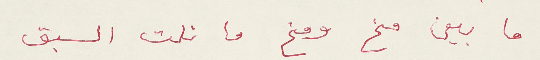
ما بين مخ ومخ ما نلت السبق